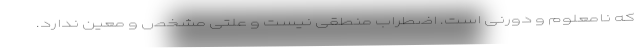
که نامعلوم و دورنی است. اضطراب منطقی نیست و علتی مشخص و معین ندارد.